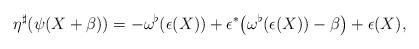
LaTeX: \begin{align*}\eta^{\sharp}(\psi(X+\beta))=-\omega^{\flat}(\epsilon(X))+\epsilon^{*}\big(\omega^{\flat}(\epsilon(X))-\beta\big)+\epsilon(X),\end{align*}